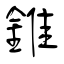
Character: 錐